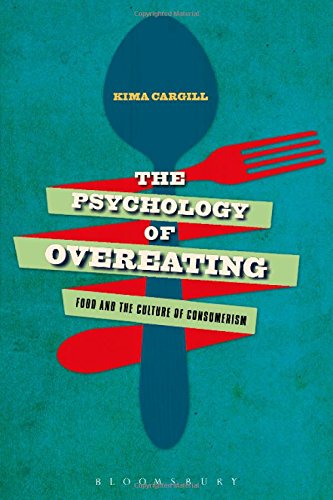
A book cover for The Psychology of Overeating: Food and the Culture of Consumerism; Kima Cargill; Health, Fitness & Dieting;